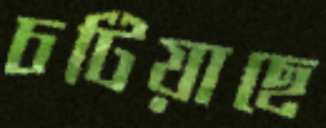
চটিয়াছে